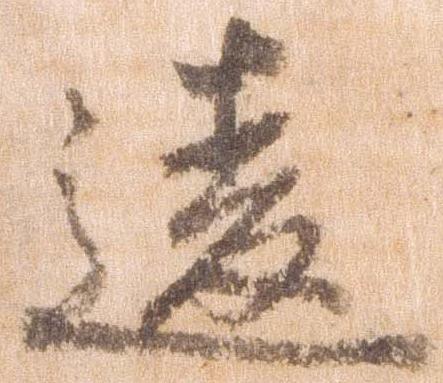
違